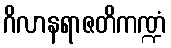
ဂိလာနရာဇတိကဏ္ဍံ